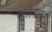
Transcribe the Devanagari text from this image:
कलेप्रमाणे